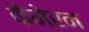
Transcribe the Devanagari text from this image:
कैमेरन